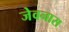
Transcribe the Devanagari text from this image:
जेवनास